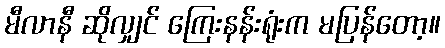
မီလာနီ ဆိုလျှင် ကြေးနန်းရုံးက မပြန်တော့။